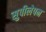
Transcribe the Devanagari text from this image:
सुपीलेपन